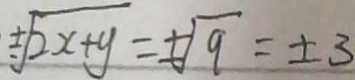
\pm \sqrt { 2 x + y } = \pm \sqrt { 9 } = \pm 3